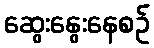
ဆွေးနွေးနေစဉ်